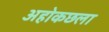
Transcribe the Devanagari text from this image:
अहोकछला